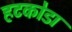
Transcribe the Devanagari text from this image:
हटकोडा